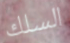
السلك